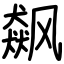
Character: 飙